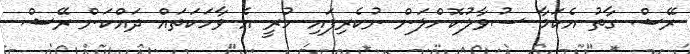
ރޭޝް ގާތު އެކަމާ ސުވާލުކޮށްލަން ނުކެރިފައި ހުރީ އެ ވާހަކަތައް ދައްކަން ރޭޝް